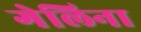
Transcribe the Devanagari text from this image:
गेलिना